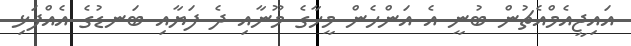
އައިޖީއެމްއެޗުން ބުނީ އެ އަންހެން މީހާގެ މޫނާއި ދެ ފަޔާއި ބަނޑުގެ އެއްފަޅި